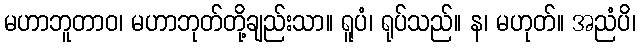
မဟာဘူတာဝ၊ မဟာဘုတ်တို့ချည်းသာ။ ရူပံ၊ ရုပ်သည်။ န၊ မဟုတ်။ အညံပိ၊